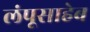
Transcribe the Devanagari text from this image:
लंपूसाहेब